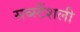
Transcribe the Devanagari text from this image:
सब्स्टैंशली